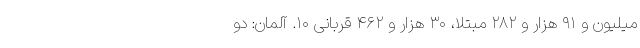
میلیون و ۹۱ هزار و ۲۸۲ مبتلا، ۳۰ هزار و ۴۶۲ قربانی ۱۰. آلمان: دو